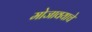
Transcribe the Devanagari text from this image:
मोजावयाचे